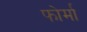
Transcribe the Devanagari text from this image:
फोर्मा